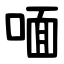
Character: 喕